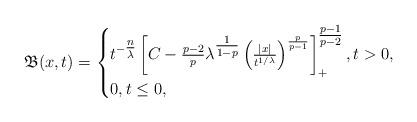
LaTeX: \begin{align*}\mathfrak{B}(x,t) = \begin{cases} t^{-\tfrac{n}{\lambda}}\left[C-\frac{p-2}{p}\lambda^{\tfrac{1}{1-p}}\left(\frac{|x|}{t^{1/\lambda}}\right)^{\frac{p}{p-1}}\right]_{+}^{\tfrac{p-1}{p-2}}, t > 0,\\0, t \leq 0,\end{cases}\end{align*}